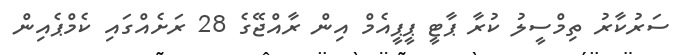
ސަރުކާރު ތިމްސީލު ކުރާ ޕާޓީ ޕީޕީއެމް އިން ރާއްޖޭގެ 28 ރަށެއްގައި ކެމްޕެއިން